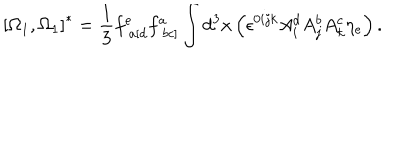
\left[ \Omega _ { 1 } , \Omega _ { 1 } \right] ^ { * } = \frac { 1 } { 3 } f _ { \; a \left[ d \right. } ^ { e } f _ { \; \left. b c \right] } ^ { a } \int d ^ { 3 } x \left( \epsilon ^ { 0 i j k } A _ { i } ^ { d } A _ { j } ^ { b } A _ { k } ^ { c } \eta _ { e } \right) .